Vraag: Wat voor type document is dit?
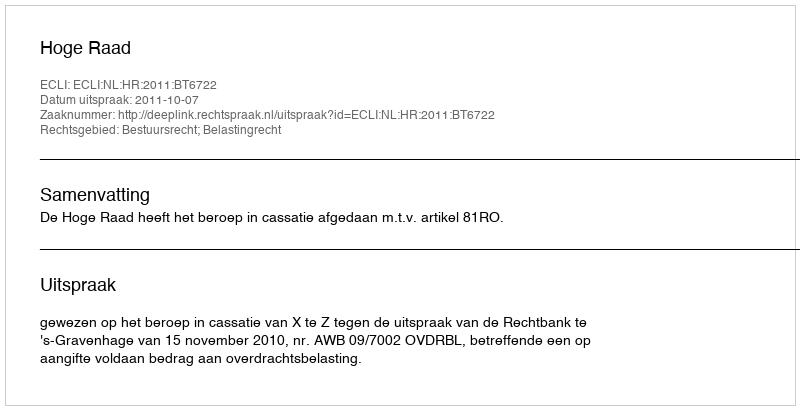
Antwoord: Uitspraak